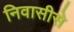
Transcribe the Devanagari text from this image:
निवासीसे